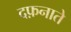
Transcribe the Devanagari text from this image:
दफ़नाते